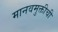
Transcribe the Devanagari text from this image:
मानवमुक्तीची